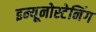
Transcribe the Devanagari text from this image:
इम्यूनोस्टेनिंग